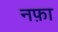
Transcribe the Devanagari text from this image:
नफ़ा